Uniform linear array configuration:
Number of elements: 32
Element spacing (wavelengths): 0.75
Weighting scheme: binomial
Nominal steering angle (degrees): -30
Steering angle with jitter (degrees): -29.098
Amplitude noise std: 0.05
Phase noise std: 0.05

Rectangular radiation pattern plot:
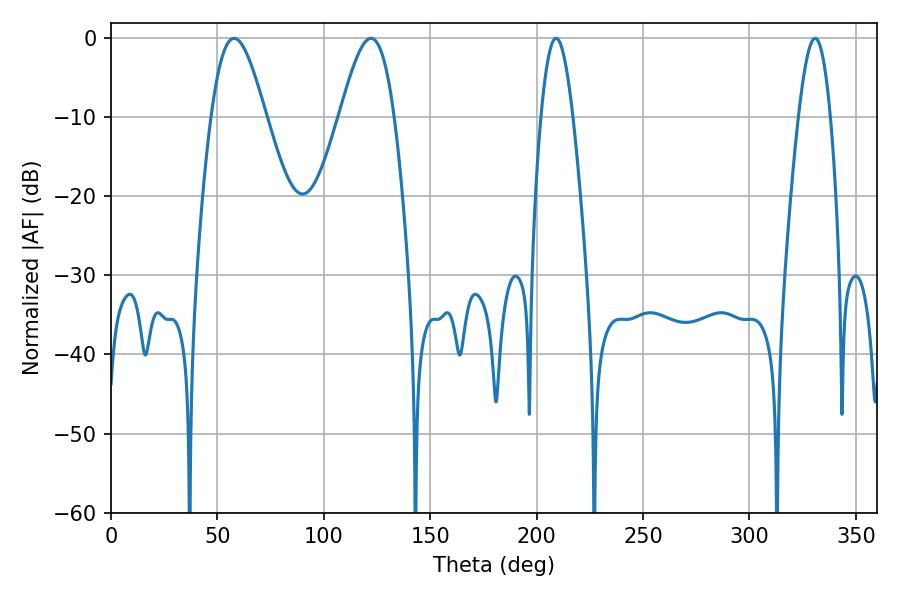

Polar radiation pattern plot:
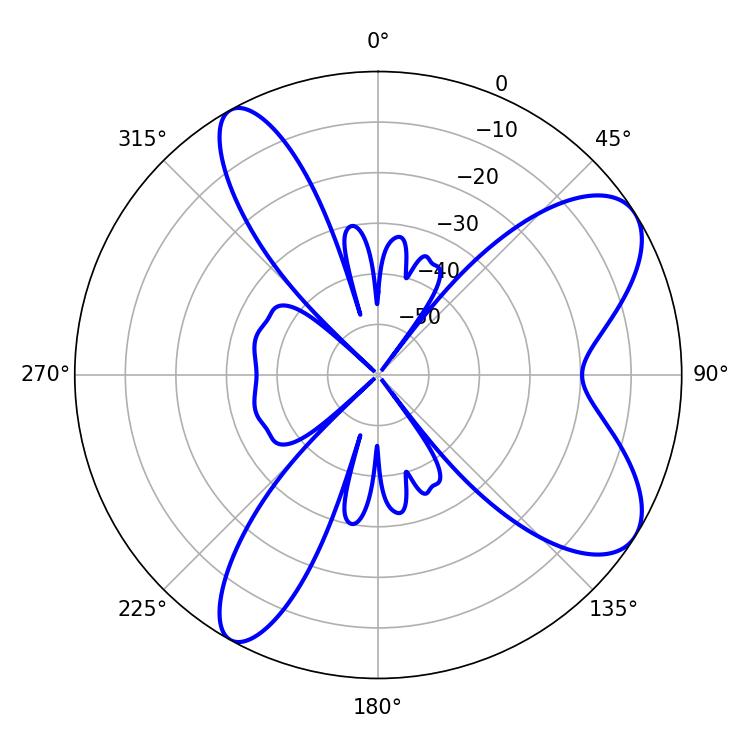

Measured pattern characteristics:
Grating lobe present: TRUE
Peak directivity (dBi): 8.183
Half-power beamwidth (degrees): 8.1
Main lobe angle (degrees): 209.16